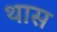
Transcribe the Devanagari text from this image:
थास